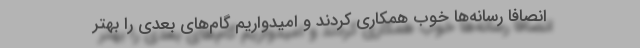
انصافا رسانه‌ها خوب همکاری کردند و امیدواریم گام‌های بعدی را بهتر